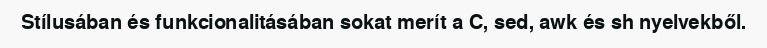
Stílusában és funkcionalitásában sokat merít a C, sed, awk és sh nyelvekből.